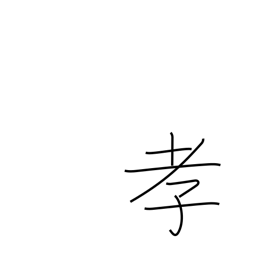
Meaning: child's respect